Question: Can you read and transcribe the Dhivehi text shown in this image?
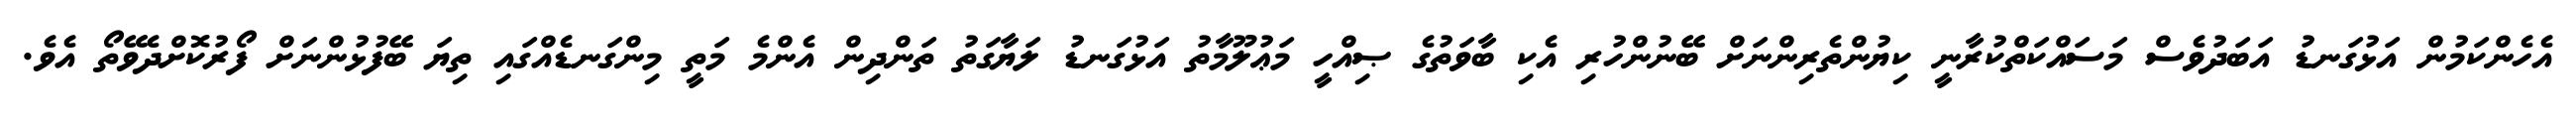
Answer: އެހެންކަމުން އަޅުގަނޑު އަބަދުވެސް މަސައްކަތްކުރާނީ ކިޔުންތެރިންނަށް ބޭނުންހުރި އެކި ބާވަތުގެ ޞިއްހީ މަޢުލޫމާތު އަޅުގަނޑު ލަޔާގަތު ތަންދިން އެންމެ މަތީ މިންގަނޑެއްގައި ތިޔަ ބޭފުޅުންނަށް ފޯރުކޮށްދެވޭތޯ އެވެ.